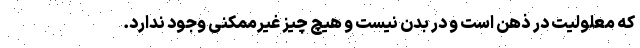
که معلولیت در ذهن است و در بدن نیست و هیچ چیز غیرممکنی وجود ندارد.